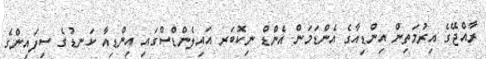
ރާއްޖޭގެ އިރުމަތިން އިންޑިއާގެ އެންޑަމަން އެންޑް ނިކޮބަރ އައިލެންޑްސްގައި އިންޑިއާ ކަނޑުގެ ސިފައިންގެ